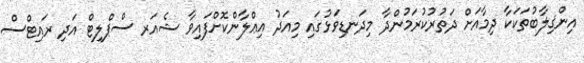
އިންޤިލާބުތަކަކާ ދިމާއަށް ދަތުރުކުރަމުންދާ މިދަނޑިވަޅުގައި މިއަދު އިޢްލާންކޮށްފައިވާ ޝެއަރ ސްޕްލިޓް އަދި ރައިޓްސް